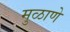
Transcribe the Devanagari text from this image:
मुळाणे